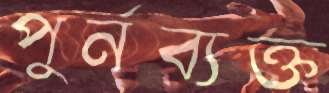
পুর্নব্যক্ত